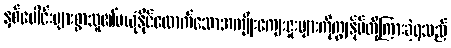
နှစ်ပေါင်းများစွာသူ၏မယုံနိုင်လောက်သောအကျိုးကျေးဇူးများကိုကျွန်ုပ်တို့ကြားခဲ့ရသည်